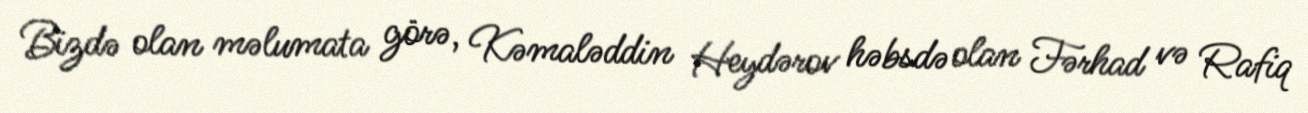
Bizdə olan məlumata görə, Kəmaləddin Heydərov həbsdə olan Fərhad və Rafiq